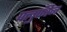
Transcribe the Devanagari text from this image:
फ्लुफीज